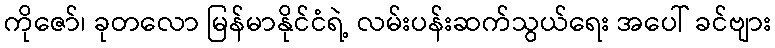
ကိုဇော်၊ ခုတလော မြန်မာနိုင်ငံရဲ့ လမ်းပန်းဆက်သွယ်ရေး အပေါ် ခင်ဗျား